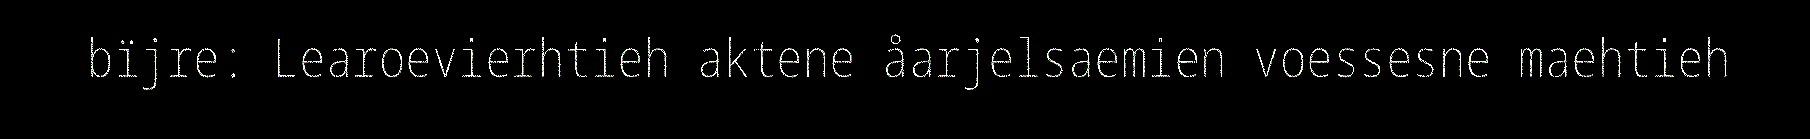
bïjre: Learoevierhtieh aktene åarjelsaemien voessesne maehtieh